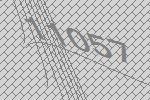
11057